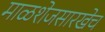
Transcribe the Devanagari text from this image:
माळशेजसारखेच